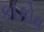
કાકોવ